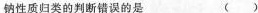
钠性质归类的判断错误的是 ( )